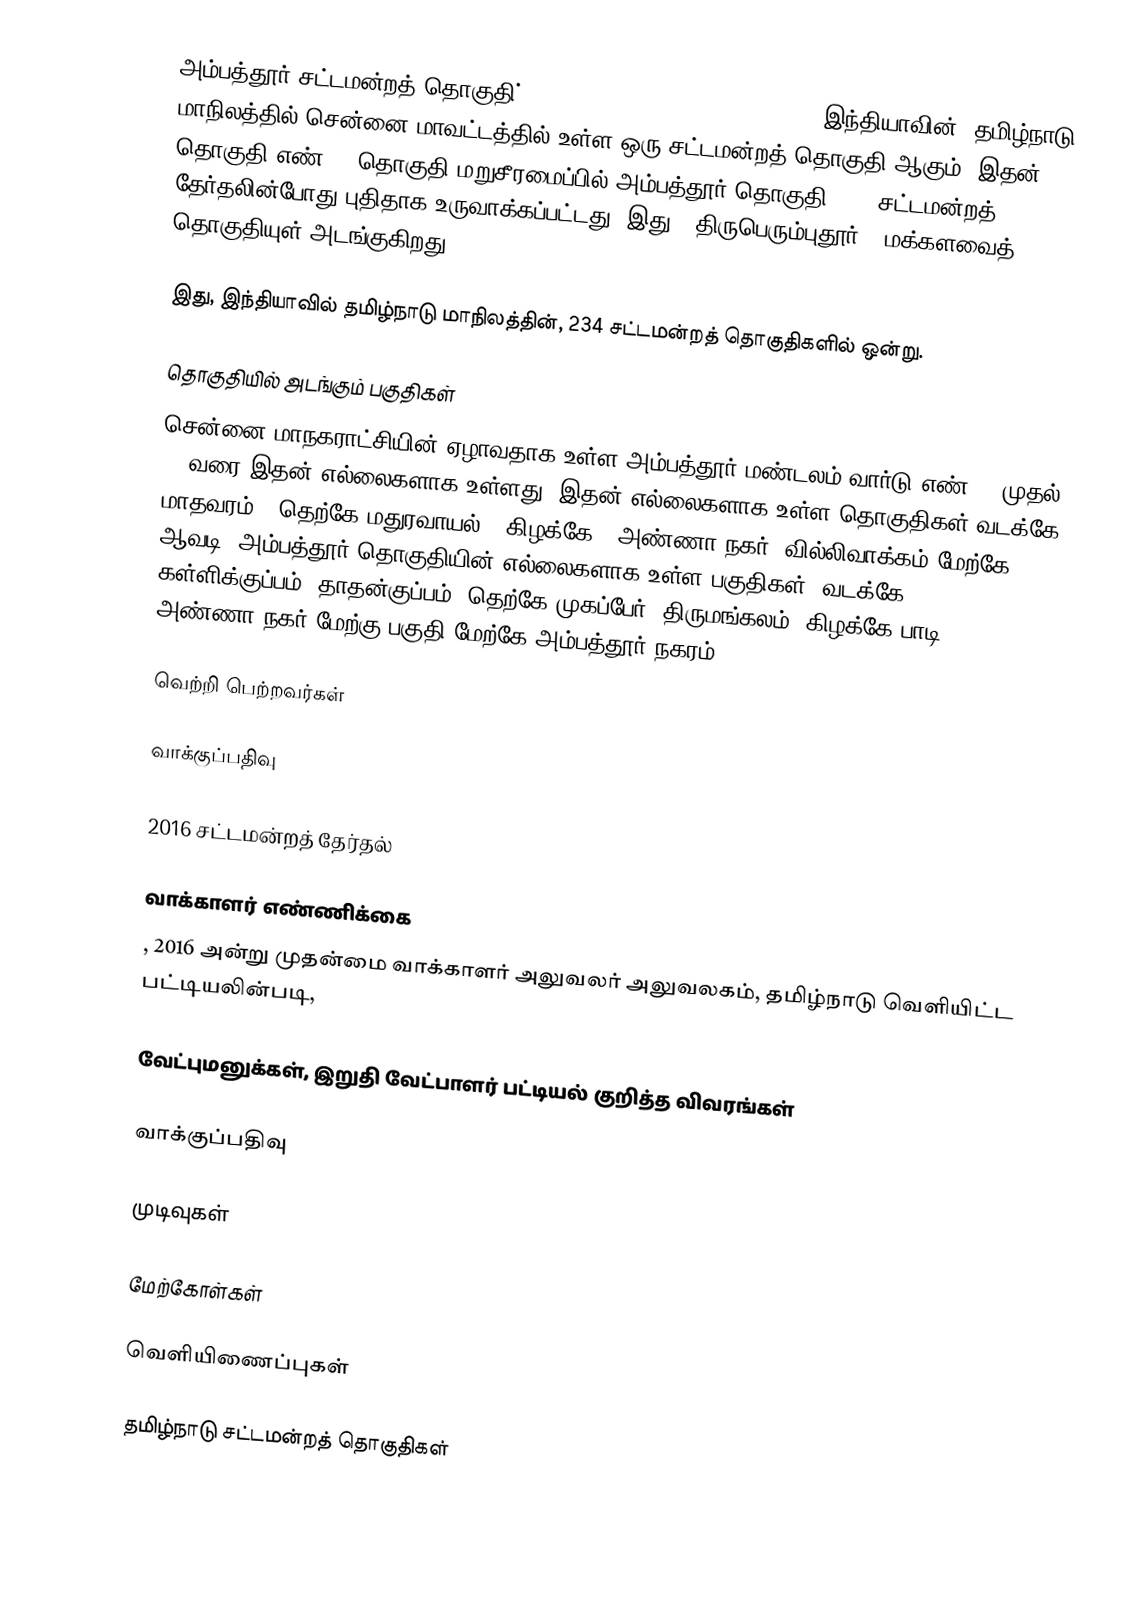
அம்பத்தூர் சட்டமன்றத் தொகுதி் (Ambattur Assembly constituency), இந்தியாவின், தமிழ்நாடு மாநிலத்தில் சென்னை மாவட்டத்தில் உள்ள ஒரு சட்டமன்றத் தொகுதி ஆகும். இதன் தொகுதி எண் 8. தொகுதி மறுசீரமைப்பில் அம்பத்தூர் தொகுதி 2011 சட்டமன்றத் தேர்தலின்போது புதிதாக உருவாக்கப்பட்டது. இது "'திருபெரும்புதூர்"' மக்களவைத் தொகுதியுள் அடங்குகிறது.

இது, இந்தியாவில் தமிழ்நாடு மாநிலத்தின், 234 சட்டமன்றத் தொகுதிகளில் ஒன்று.

தொகுதியில் அடங்கும் பகுதிகள்
சென்னை மாநகராட்சியின்  ஏழாவதாக உள்ள அம்பத்தூர் மண்டலம்  வார்டு எண் 79 முதல் 93 வரை இதன் எல்லைகளாக உள்ளது.  இதன் எல்லைகளாக உள்ள தொகுதிகள்  வடக்கே மாதவரம் , தெற்கே மதுரவாயல் , கிழக்கே , அண்ணா நகர், வில்லிவாக்கம்  மேற்கே ஆவடி. அம்பத்தூர் தொகுதியின் எல்லைகளாக உள்ள பகுதிகள். வடக்கே கள்ளிக்குப்பம், தாதன்குப்பம், தெற்கே முகப்பேர், திருமங்கலம், கிழக்கே பாடி , அண்ணா நகர் மேற்கு பகுதி  மேற்கே  அம்பத்தூர் நகரம்   .

வெற்றி பெற்றவர்கள்

வாக்குப்பதிவு

2016 சட்டமன்றத் தேர்தல்

வாக்காளர் எண்ணிக்கை
, 2016 அன்று முதன்மை வாக்காளர் அலுவலர் அலுவலகம், தமிழ்நாடு வெளியிட்ட பட்டியலின்படி,

வேட்புமனுக்கள், இறுதி வேட்பாளர் பட்டியல் குறித்த விவரங்கள்

வாக்குப்பதிவு

முடிவுகள்

மேற்கோள்கள்

வெளியிணைப்புகள்

தமிழ்நாடு சட்டமன்றத் தொகுதிகள்